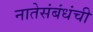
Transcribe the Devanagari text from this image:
नातेसंबंधंची